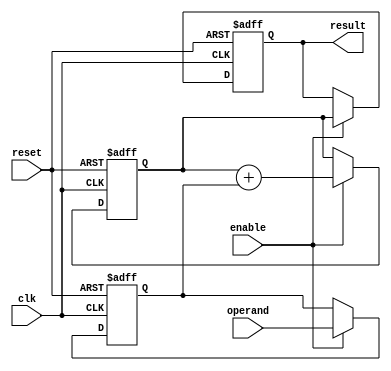
module CascadedAccumulator (
    input wire clk,
    input wire reset,
    input wire enable,
    input wire [7:0] operand,
    output reg [15:0] result
);

reg [15:0] accumulator;
reg [7:0] prev_result;

always @(posedge clk or posedge reset) begin
    if (reset) begin
        accumulator <= 16'b0;
        result <= 16'b0;
        prev_result <= 8'b0;
    end else if (enable) begin
        accumulator <= accumulator + prev_result;
        result <= accumulator;
        prev_result <= operand;
    end
end

endmodule